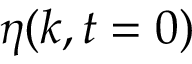
\eta ( k , t = 0 )